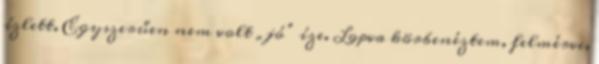
ízlett. Egyszerűen nem volt „jó” í­ze. Lopva körbenéztem, felmérve,